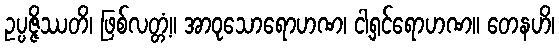
ဥပ္ပဇ္ဇိဿတိ၊ ဖြစ်လတ္တံ့။ အာဝုသောရောဟဏ၊ ငါ့ရှင်ရောဟဏ။ တေနဟိ၊